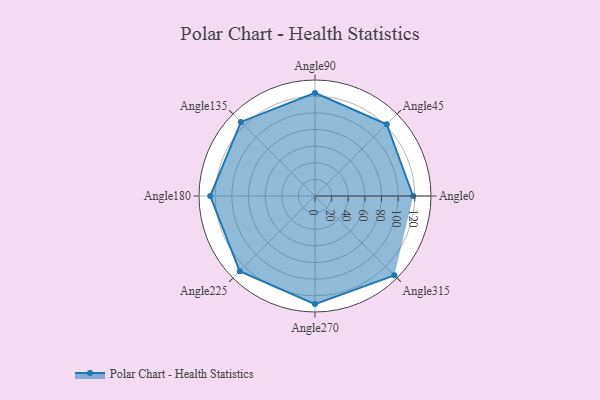
{"axis": {"x": "Angle", "y": "Radius"}, "legend": [""], "data": [{"x": "Angle0", "y": 118.0, "type": ""}, {"x": "Angle45", "y": 122.0, "type": ""}, {"x": "Angle90", "y": 124.0, "type": ""}, {"x": "Angle135", "y": 126.0, "type": ""}, {"x": "Angle180", "y": 126.0, "type": ""}, {"x": "Angle225", "y": 128.0, "type": ""}, {"x": "Angle270", "y": 130.0, "type": ""}, {"x": "Angle315", "y": 135.0, "type": ""}]}